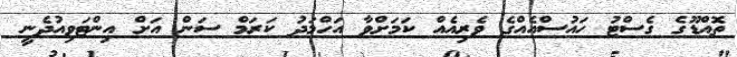
ތޮއްޑޫގެ ގެސްޓު ހައުސްއެއްގެ ވެރިއެއް ކަމަށްވާ އަހްމަދު ކަރަމް ސަން އަށް އިންޓަވިއުދެނީ